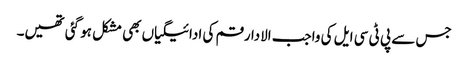
جس سے پی ٹی سی ایل کی واجب الادا رقم کی ادائیگیاں بھی مشکل ہو گئی تھیں۔